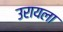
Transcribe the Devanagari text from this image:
उरायला